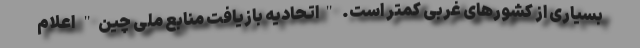
بسیاری از کشورهای غربی کمتر است. "اتحادیه بازیافت منابع ملی چین" اعلام